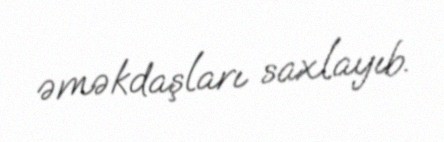
əməkdaşları saxlayıb.